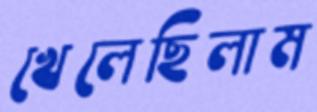
খেলেছিলাম